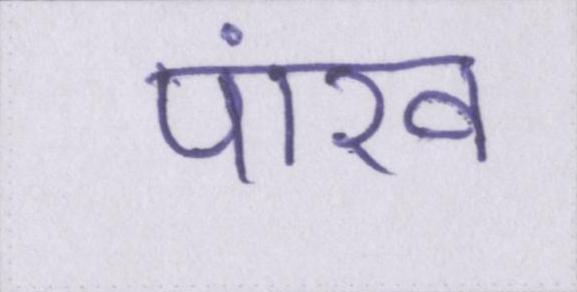
पांख